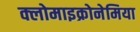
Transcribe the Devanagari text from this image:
क्लोमाइक्रोनेमिया